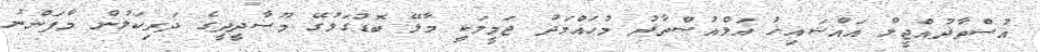
އުސްތާޛުއްޖީލް އައްޝައިޚު އަލްއުސްތާޛު މުޙައްމަދު ޖަމީލަކީ މާލޭ ބޮޑުގަލުގޭ މޫސާދީދީގެ ދަރިކަލުން މާފަންނު